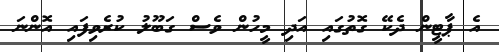
އެ ޕާޓީން ދެކޭ ގޮތުގައި އަދި މީހުން ވެސް ގަބޫލު ކުރެވިފައި އޮންނަ